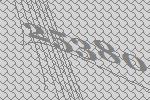
25380